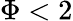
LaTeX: \Phi<2